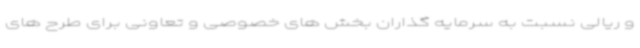
و ریالی نسبت به سرمایه گذاران بخش های خصوصی و تعاونی برای طرح های